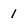
Character: 1